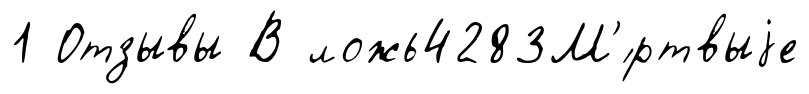
1 Отзывы В ложь4283М'́ртвыjе